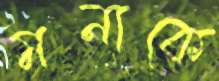
মনাকে